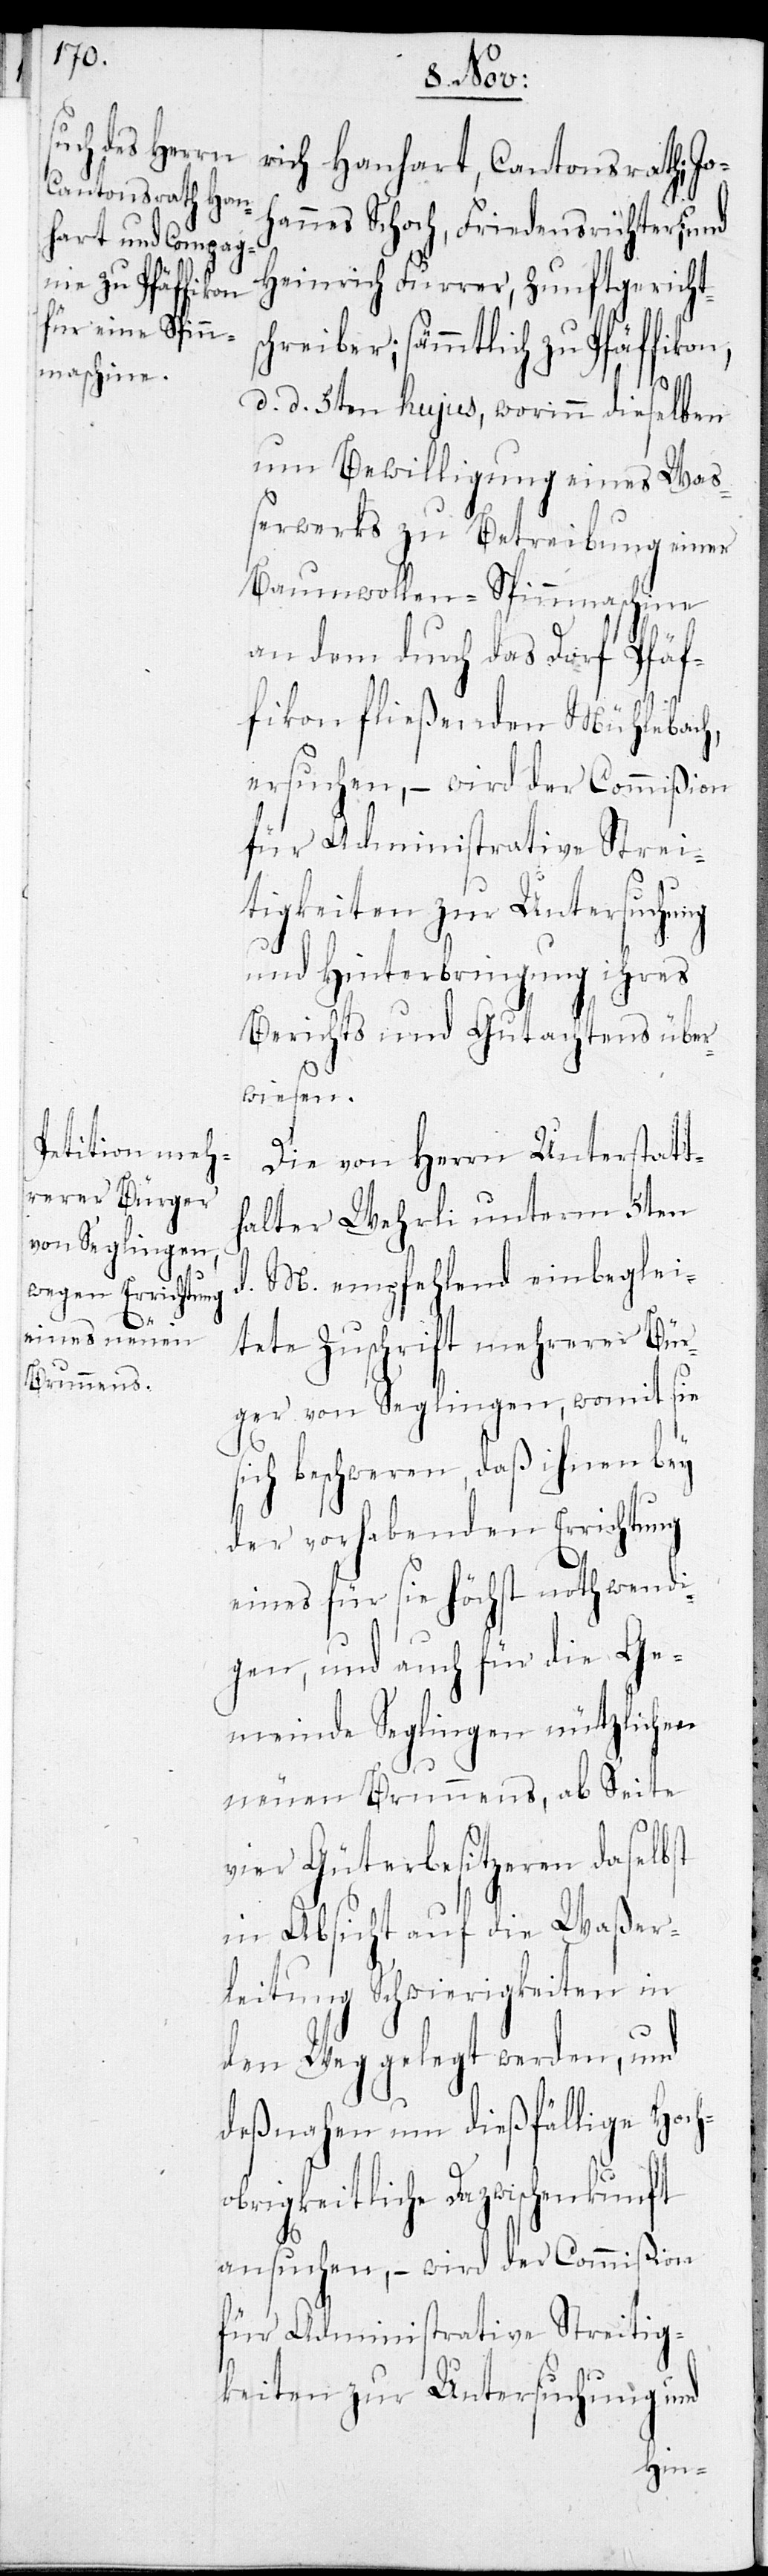
rich Hanhart, Cantonsrath, Jo¬
hannes Schoch, Friedensrichter; und
Heinrich Furrer, Zunftgericht¬
schreiber; sämmtlich zu Pfäffikon,
d. d. 5ten hujus, worinn dieselben
um Bewilligung eines Waß¬
erwerks zu Betreibung einer
Baumwollen-Spinnmaschine
an dem durch das Dorf Pfäf¬
fikon fließenden Mühlebach
ersuchen, – wird der Commißion
für Administrative Strei¬
tigkeiten zur Untersuchung
und Hinterbringung ihres
Berichts und Gutachtens über¬
wiesen.
Die von Herrn Unterstatt¬
halter Wehrli unterm 5ten
d. M. empfehlend einbeglei¬
tete Zuschrift mehrerer Bür¬
ger von Seglingen, womit sie
sich beschweren, daß ihnen bey
der vorhabenden Errichtung
eines für sie höchst nothwendi¬
gen, und auch für die Ge¬
meinde Seglingen nützlichen
neuen Brunnens, ab Seite
vier Güterbesitzeren daselbst
in Absicht auf die Waßer¬
leitung Schwierigkeiten in
den Weg gelegt werden, und
desnahen um dießfällige Hoch¬
obrigkeitliche Dazwischenkunft
ansuchen, – wird der Commißion
für Administrative Streitig¬
keiten zur Untersuchung und